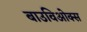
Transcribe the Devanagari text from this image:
बाउविओक्स